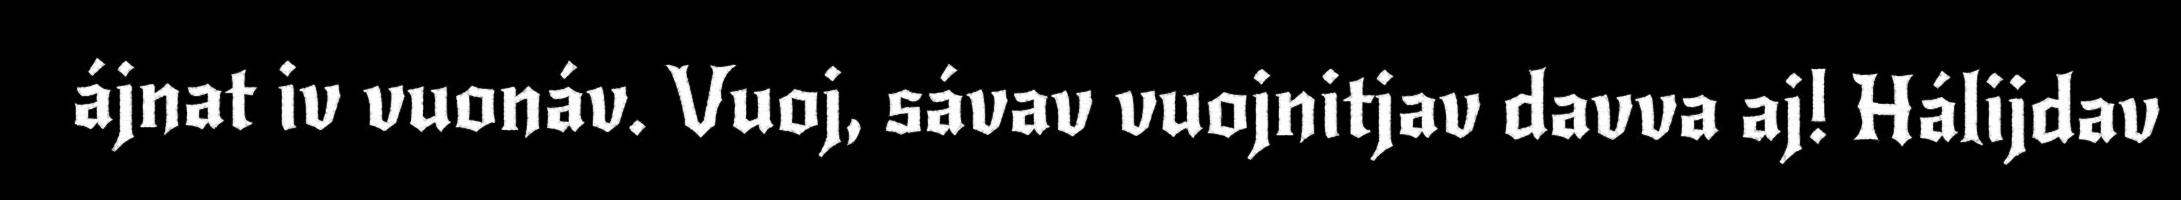
ájnat iv vuonáv. Vuoj, sávav vuojnitjav davva aj! Hálijdav